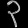
Digit: ၃